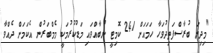
"މިދިޔަ ބުރާސްފަތިދުވަހާ ހަމައަށް 241 ކޮމިޓީ ނުބާއްވައި މަޑުކުރުމަކީ މެމްބަރުން އެކަމަށް ދެއްވާ